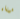
ميناء